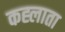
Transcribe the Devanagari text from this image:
कह्लाता